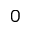
0